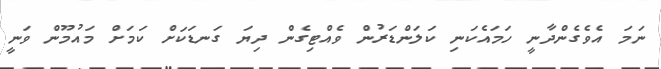
ނަމަ އެވެގެންދާނީ ހަމައެކަނި ކަލަންޑަރުން ވެއްޓިގެން ދިޔަ ގަނޑަކަށް ކަމަށް މައުމޫން ވަނީ